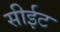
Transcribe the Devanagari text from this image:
सीईट